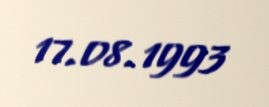
17.08.1993